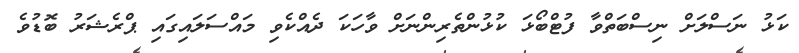
ކަޅު ނަސްލަށް ނިސްބަތްވާ ފުޓްބޯޅަ ކުޅުންތެރިންނަށް ވާހަކަ ދެއްކެވި މައްސަލައިގައި ޕްރެޝަރު ބޮޑުވެ